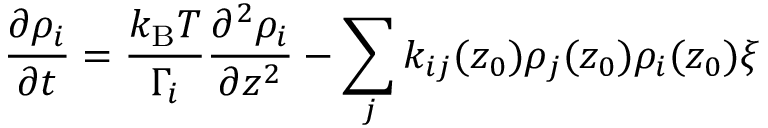
\frac { \partial \rho _ { i } } { \partial t } = \frac { k _ { \mathrm { B } } T } { \Gamma _ { i } } \frac { \partial ^ { 2 } \rho _ { i } } { \partial z ^ { 2 } } - \sum _ { j } k _ { i j } ( z _ { 0 } ) \rho _ { j } ( z _ { 0 } ) \rho _ { i } ( z _ { 0 } ) \xi